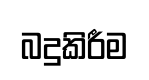
බදුකිරීම